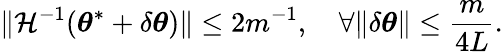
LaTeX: \lVert\mathcal{H}^{-1}({\boldsymbol{\theta}}^{*}+\delta{\boldsymbol{\theta}})\rVert\leq 2m^{-1},\quad\forall\lVert\delta{\boldsymbol{\theta}}\rVert\leq\frac{m}{4L}.